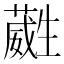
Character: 𭺶